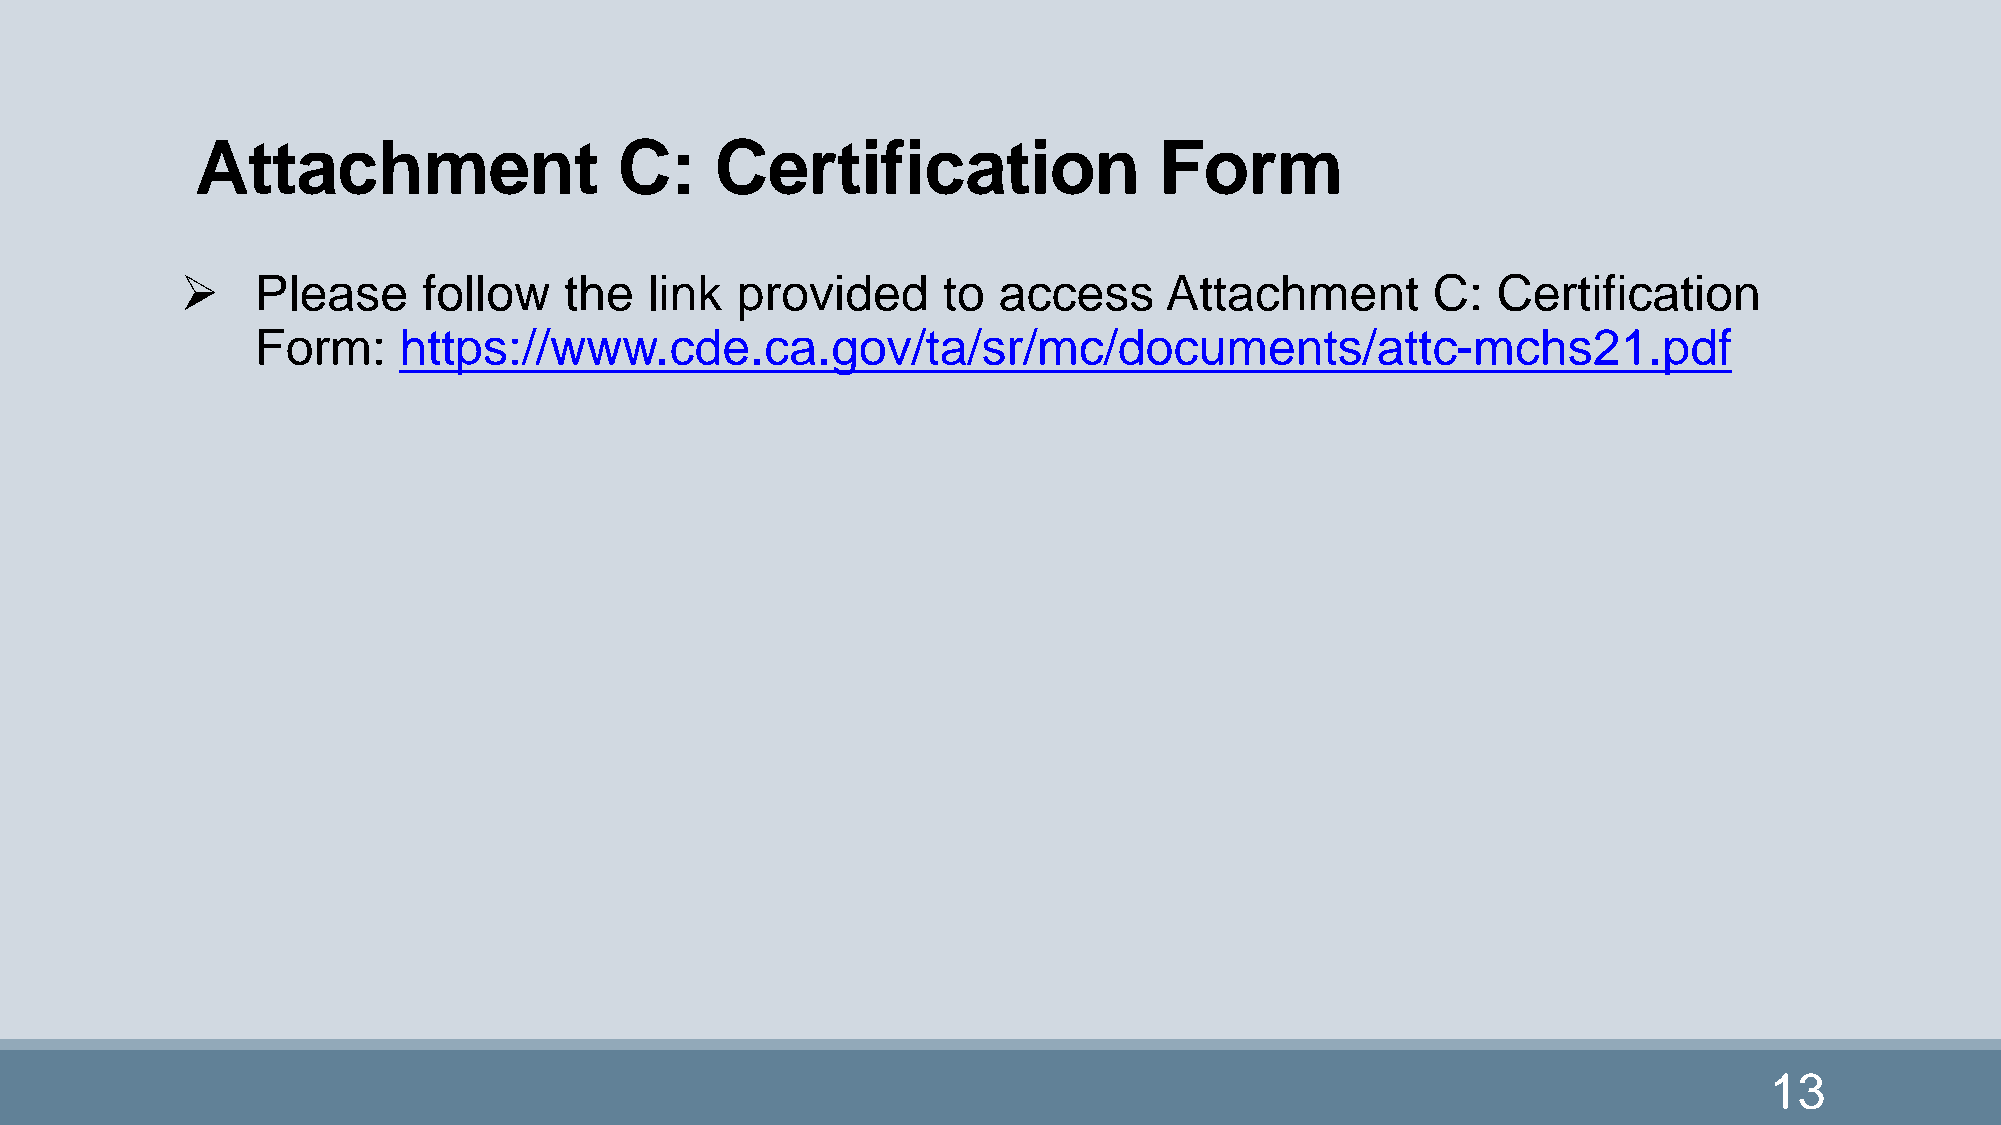
Attachment                  C:    Certification                 Form
     Please     follow   the   link  provided     to  access     Attachment        C:  Certification
 Form:    https://www.cde.ca.gov/ta/sr/mc/documents/attc-mchs21.pdf
 13